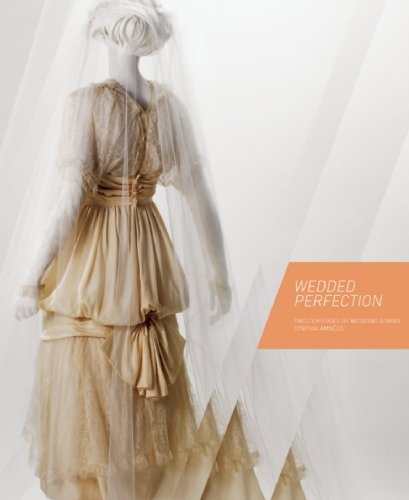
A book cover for Wedded Perfection: Two Centuries of Wedding Gowns; Cynthia AmnÃ©us; Crafts, Hobbies & Home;